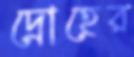
দ্রোহের